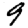
Digit: 9